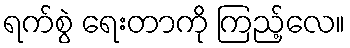
ရက်စွဲ ရေးတာကို ကြည့်လေ။